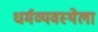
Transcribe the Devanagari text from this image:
धर्मव्यवस्थेला